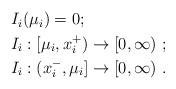
LaTeX: \begin{align*}\begin{aligned}&I_i(\mu_i)=0;\\&I_i:[\mu_i,x_i^+)\to[0,\infty) \ ;\\&I_i:(x_i^-,\mu_i]\to[0,\infty) \ .\end{aligned}\end{align*}